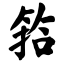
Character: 筘